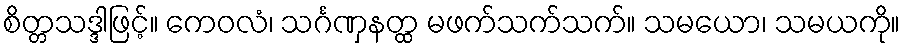
စိတ္တသဒ္ဒါဖြင့်။ ကေဝလံ၊ သင်္ဂဏှနတ္ထ မဖက်သက်သက်။ သမယော၊ သမယကို။